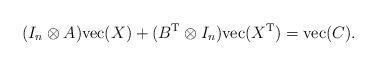
LaTeX: \begin{align*} (I_n\otimes A){\rm vec}(X)+(B^{\rm T}\otimes I_n){\rm vec}(X^{\rm T})={\rm vec}(C).\end{align*}